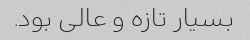
بسیار تازه و عالی بود.